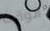
الوقت